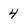
Character: 4